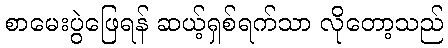
စာမေးပွဲဖြေရန် ဆယ့်ရှစ်ရက်သာ လိုတော့သည်